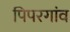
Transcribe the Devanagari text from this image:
पिपरगांव